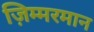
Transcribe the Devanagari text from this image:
ज़िम्मरमान